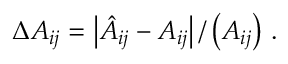
\Delta A _ { i j } = \left| \hat { A } _ { i j } - A _ { i j } \right| / \left( A _ { i j } \right) \, .